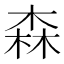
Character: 森